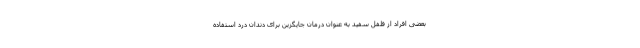
بعضی افراد از فلفل سفید به عنوان درمان جایگزین برای دندان درد استفاده